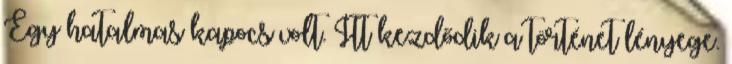
Egy hatalmas kapocs volt. Itt kezdődik a történet lényege.